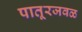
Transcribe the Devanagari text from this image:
पातूरजवळ